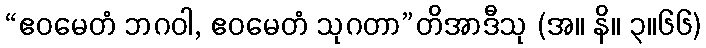
“ဧဝမေတံ ဘဂဝါ, ဧဝမေတံ သုဂတာ”တိအာဒီသု (အ။ နိ။ ၃။၆၆)